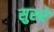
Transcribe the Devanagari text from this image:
सुसरे